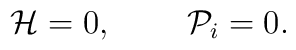
{\cal H}=0,\;\;\;\;\;\;\;\;{\cal P}_{i}=0.